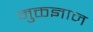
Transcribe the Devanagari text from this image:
मुक्तज्ञान